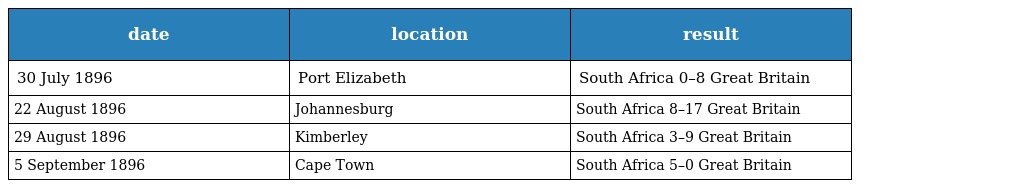
| date | location | result |
 | --- | --- | --- |
 | 30 July 1896 | Port Elizabeth | South Africa 0–8 Great Britain |
 | 22 August 1896 | Johannesburg | South Africa 8–17 Great Britain |
 | 29 August 1896 | Kimberley | South Africa 3–9 Great Britain |
 | 5 September 1896 | Cape Town | South Africa 5–0 Great Britain |